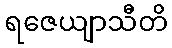
ရဇေယျာသီတိ